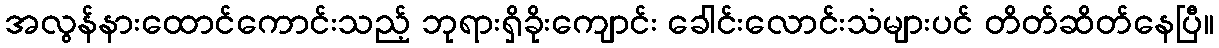
အလွန်နားထောင်ကောင်းသည့် ဘုရားရှိခိုးကျောင်း ခေါင်းလောင်းသံများပင် တိတ်ဆိတ်နေပြီ။